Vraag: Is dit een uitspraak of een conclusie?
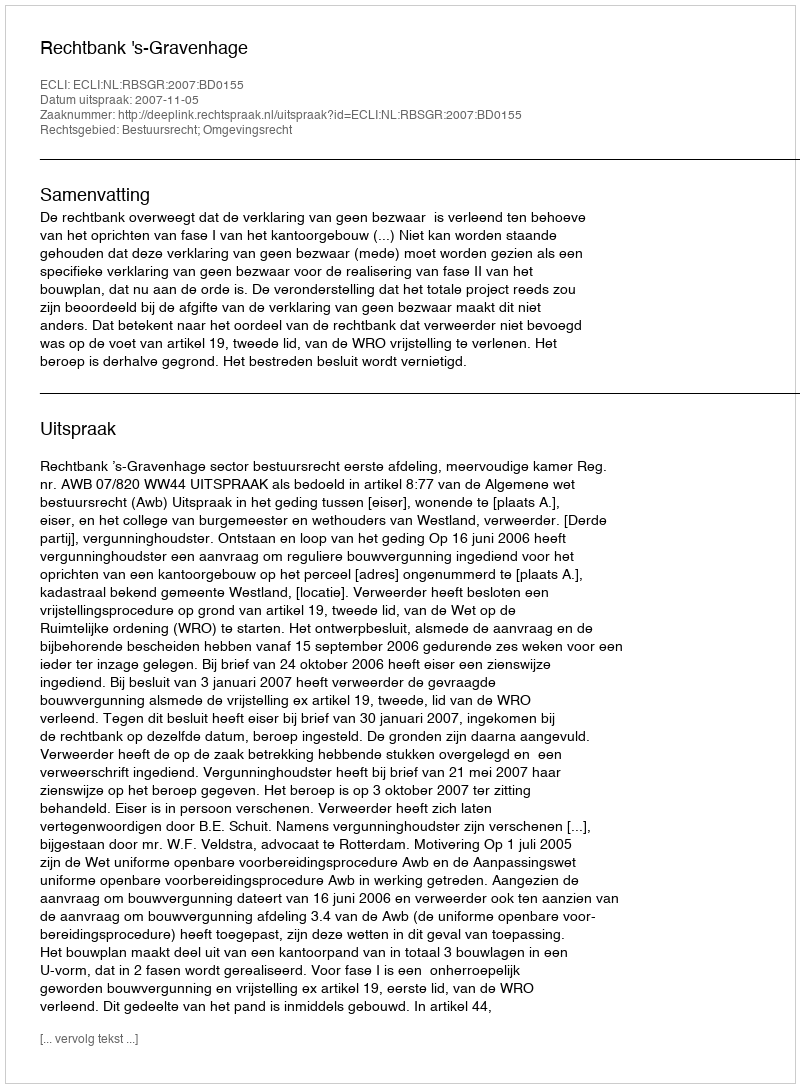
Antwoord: Uitspraak